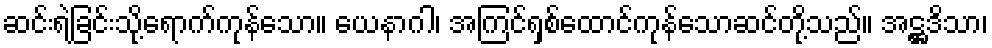
ဆင်းရဲခြင်းသို့ရောက်ကုန်သော။ ယေနာဂါ၊ အကြင်ရှစ်ထောင်ကုန်သောဆင်တို့သည်။ အဋ္ဌဒိသာ၊